Annual administration report of the Civil Veterinary Department of India - 1892-1893
Year: 1892
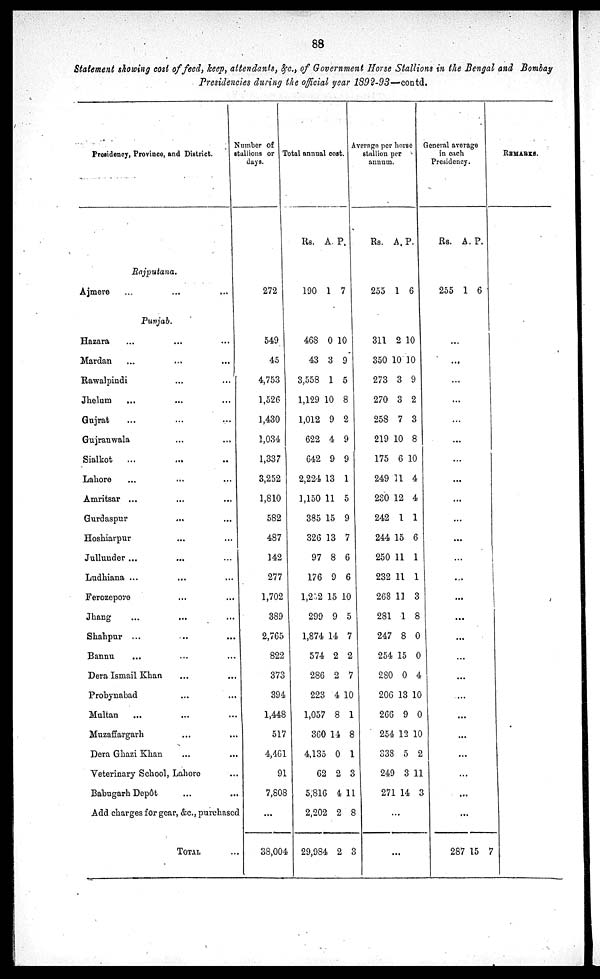
88
Statement showing cost of feed, keep, attendants, &c., of Government Horse Stallions in the Bengal and Bombay
Presidencies during the official year
1892-93-Contd.
Presidency, Province, and District.
Rajputana.
Ajmere ... ... ...
Punjab.
Hazara ... ... ...
Mardan ... ... ...
Rawalpindi ... ...
Jhelum ... ... ...
Gujrat ... ... ...
Gujranwala ... ...
Sialkot ... ... ...
Lahore
Amritsar ... ... ...
Gurdaspur ... ...
Hoshiarpur ... ...
Jullunder ... ... ...
Ludhiana ... ... ...
Ferozepore ... ...
Jhang ... ... ...
Shahpur ... ... ...
Bannu ... ... ...
Dera Ismail Khan ... ...
Probynabad ... ...
Multan ... ... ...
Muzaffargarh ... ...
Dera Ghazi Khan ... ...
Veterinary School, Lahore ...
Babugarh Depôt ... ...
Add charges for gear, &c., purchased
TOTAL ...
Number of
Stallions or
days.
272
549
45
4,753
1,526
3,430
1,034
1,337
3,252
1,810
582
487
142
277
1,702
389
2,765
822
373
394
1,448
517
4,461
91
7,808
...
38,004
Total annual cost.
Rs. A. P.
190 1 7
468
43
3,558
1,129
1,012
622
642
2,224
1,150
385
326
97
176
1,252
299
1,874
574
286
223
1,057
360
4,135
62
5,816
2,202
29,984
0
3
1
10
9
4
9
13
11
15
13
8
9
15
9
14
2
2
4
8
14
0
2
4
2
2
10
9
5
8
2
9
9
1
5
9
7
6
6
10
5
7
2
7
10
1
8
1
3
11
8
3
Average per horse
stallion per
annum.
Rs. A. P.
255 1 6
311
350
273
270
258
219
175
249
230
242
244
250
232
263
281
247
254
280
206
266
254
338
249
271
2
10
3
3
7
10
6
31
12
1
15
11
11
13
1
8
15
0
13
9
12
5
3
14
10
10
9
2
3
8
10
4
4
1
6
1
1
3
8
0
0
4
10
0
10
2
11
3
...
...
General annual cost.
Rs. A. P.
255 1 6
...
...
...
...
...
...
...
...
...
...
...
...
...
...
...
...
...
...
...
...
...
...
...
...
...
287 15 7
REMARKS.